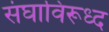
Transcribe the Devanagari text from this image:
संघाविरूध्द